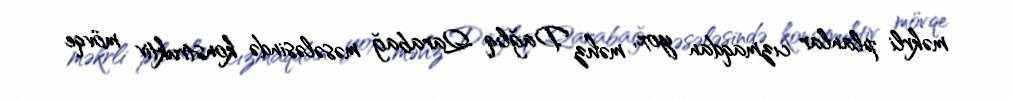
məkrli planlar cızmaqdan yox, məhz Dağlıq Qarabağ məsələsində konstruktiv mövqe